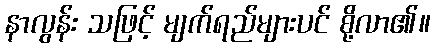
နာလွန်း သဖြင့် မျက်ရည်များပင် စို့လာ၏။